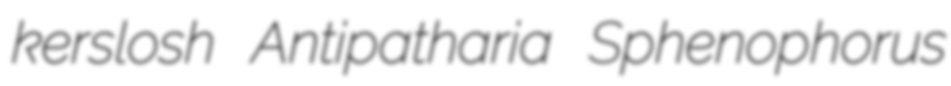
kerslosh Antipatharia Sphenophorus